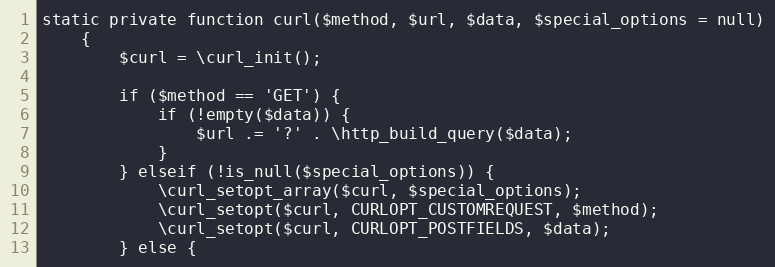
Language: PHP
static private function curl($method, $url, $data, $special_options = null)
    {
        $curl = \curl_init();

        if ($method == 'GET') {
            if (!empty($data)) {
                $url .= '?' . \http_build_query($data);
            }
        } elseif (!is_null($special_options)) {
            \curl_setopt_array($curl, $special_options);
            \curl_setopt($curl, CURLOPT_CUSTOMREQUEST, $method);
            \curl_setopt($curl, CURLOPT_POSTFIELDS, $data);
        } else {